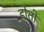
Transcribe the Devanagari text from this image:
होताे